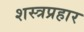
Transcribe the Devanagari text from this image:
शस्त्रप्रहार